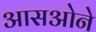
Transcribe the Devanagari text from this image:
आसओने